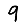
Digit: 9